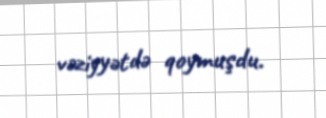
vəziyyətdə qoymuşdu.